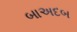
બાઅદબ